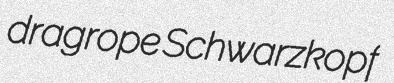
dragrope Schwarzkopf